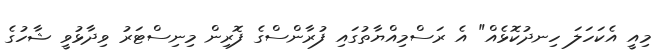
މިއީ އެކަހަލަ ހިނދުކޮޅެއް" އެ ރަސްމިއްޔާތުގައި ފުރާންސްގެ ފޮރިން މިނިސްޓަރު ވިދާޅުވީ ޝާހުގެ